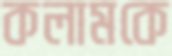
কলামকে